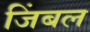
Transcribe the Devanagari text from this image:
जिंबल